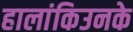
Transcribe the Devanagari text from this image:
हालांकिउनके